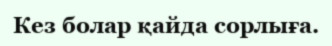
Кез болар қайда сорлыға.